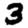
Digit: 3